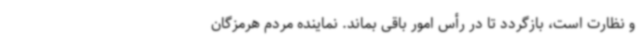
و نظارت است، بازگردد تا در رأس امور باقی بماند. نماینده مردم هرمزگان